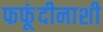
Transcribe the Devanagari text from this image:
फफूंदीनाशी